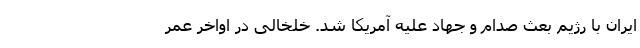
ایران با رژیم بعث صدام و جهاد علیه آمریکا شد. خلخالی در اواخر عمر